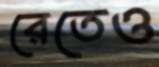
রেতেও